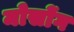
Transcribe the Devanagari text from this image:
मोसोंग